Annual report on the working of the mental hospitals in the Madras Presidency - 1912-1932
Year: 1912
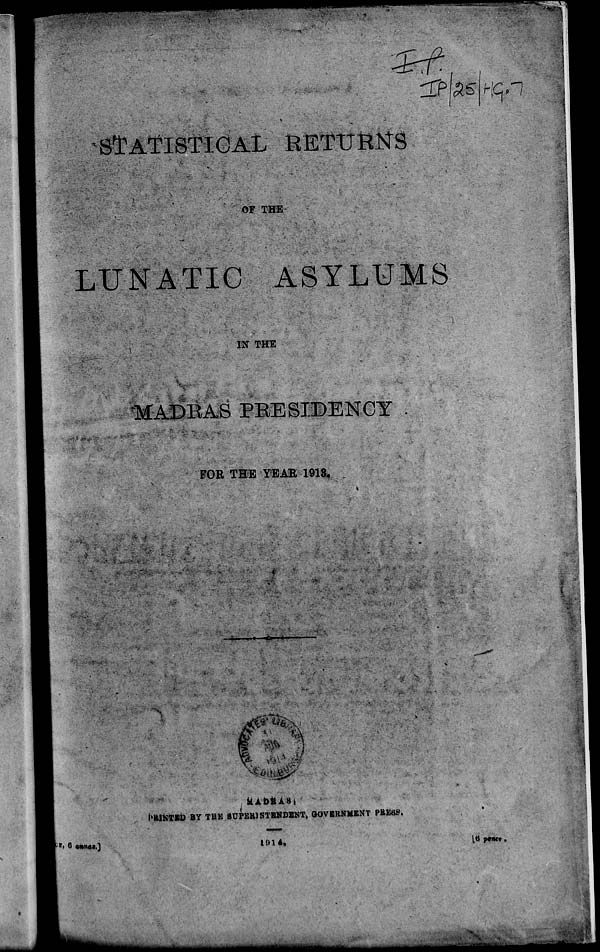
wmmm
.. im^^s—
HE
3?fes (- 'Cj.-?
S^AflSTIGAL RETITKttS
OF THE
LUNATIC: ASYLUMS
IN THE
MADRAS PRESIDENCY
FOE THE YEAR 1918,
-« O »
-■•■
MAbiUSi
I'KINTEi) BY THE SUPEB1NTBNDENT, GOVERNMENT PBESg.
pt, 6 o*)io».]
1014,
[ti J>«*C» .